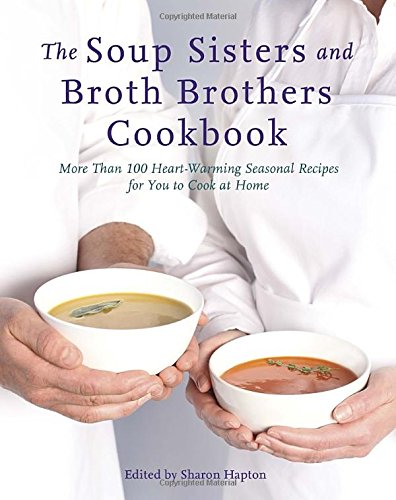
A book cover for The Soup Sisters and Broth Brothers Cookbook: More than 100 Heart-Warming Seasonal Recipes for You to Cook at Home; Sharon Hapton; Cookbooks, Food & Wine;